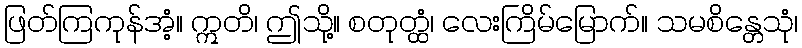
ဖြတ်ကြကုန်အံ့။ ဣတိ၊ ဤသို့။ စတုတ္ထံ၊ လေးကြိမ်မြောက်။ သမစိန္တေသုံ၊